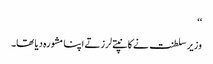
‘‘
وزیر سلطنت نے کانپتے لرزتے اپنا مشورہ دیا تھا۔